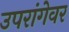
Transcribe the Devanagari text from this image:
उपरांगेवर